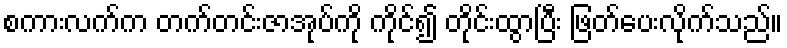
စကားလက်က တက်တင်းဇာအုပ်ကို ကိုင်၍ တိုင်းထွာပြီး ဖြတ်ပေးလိုက်သည်။